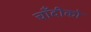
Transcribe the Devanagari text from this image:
चाँदीको